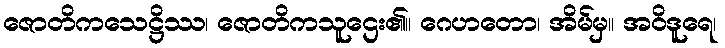
ဇောတိကသေဋ္ဌိဿ၊ ဇောတိကသူဌေး၏။ ဂေဟတော၊ အိမ်မှ။ အဝိဒူရေ၊